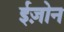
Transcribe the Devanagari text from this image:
ईज़ोन